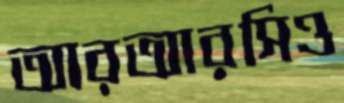
আরআরসিও